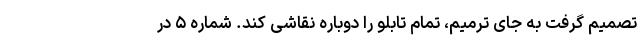
تصمیم گرفت به جای ترمیم، تمام تابلو را دوباره نقاشی کند. شماره ۵ در